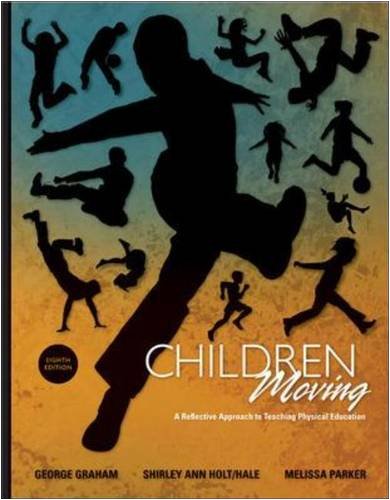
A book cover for Children Moving: A Reflective Approach to Teaching Physical Education; George Graham; Sports & Outdoors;